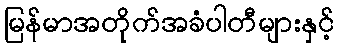
မြန်မာအတိုက်အခံပါတီများနှင့်